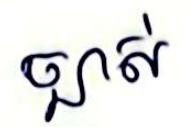
ច្បាស់